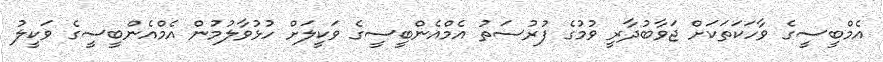
އެމްބީސީގެ ވާހަކަތަކަށް ޖަވާބުދާރީ ވުމުގެ ފުރުސަތު އެމްއެންބީސީގެ ވަކީލަށް ހުޅުވާލުމުން އެމްއެންބީސީގެ ވަކީލު